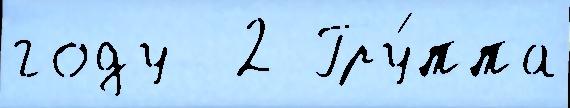
году  2 Гру́ппа